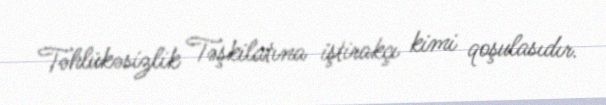
Təhlükəsizlik Təşkilatına iştirakçı kimi qoşulasıdır.